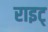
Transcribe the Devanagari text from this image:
राइट्‍